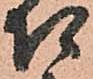
召